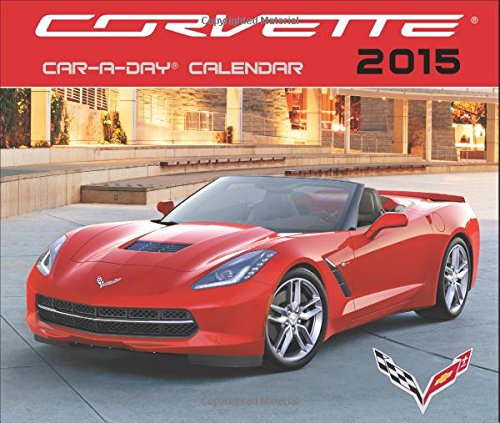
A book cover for Corvette Car-a-Day Calendar 2015; Calendars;